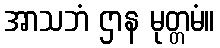
အာသဘံ ဌာန မုတ္တမံ။